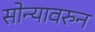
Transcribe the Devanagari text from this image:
सोन्यावरुन